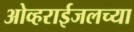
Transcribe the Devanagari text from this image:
ओव्हराईजलच्या